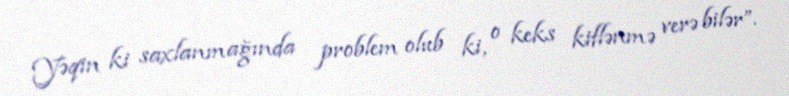
Yəqin ki saxlanmağında problem olub ki, o keks kiflənmə verə bilər”.